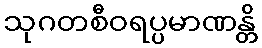
သုဂတစီဝရပ္ပမာဏန္တိ